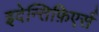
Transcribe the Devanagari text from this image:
इदेन्तिफ़िएर्स